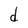
Character: d